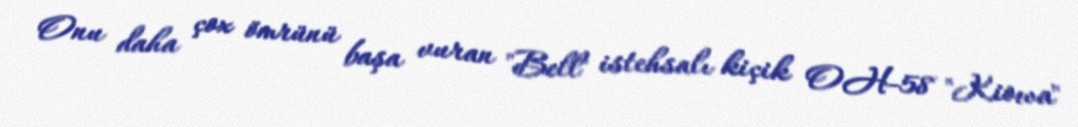
Onu daha çox ömrünü başa vuran "Bell" istehsalı kiçik OH-58 "Kiowa"